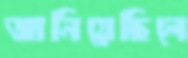
জানিয়েছিলে